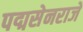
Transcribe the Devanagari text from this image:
पद्मसेनराजे